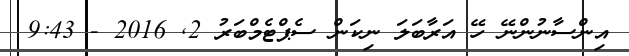
އިންސާނުންނޭ ހޭ އަރާބަލަ ނިކަން ސެޕްޓެމްބަރު 2